Vaccine operations Central Provinces 1868-1885 - 1868-1885
Year: 1868
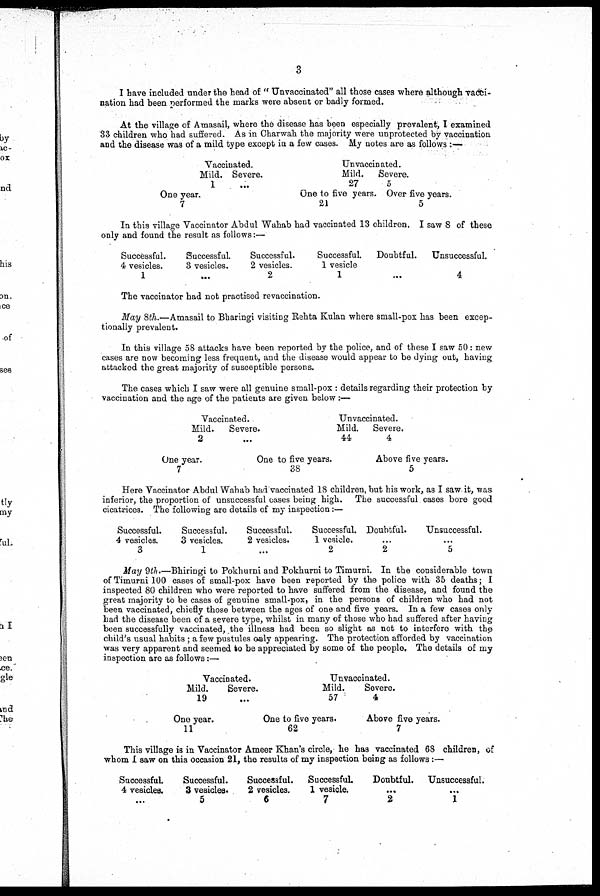
3
I have included under the head of " Unvaccinated" all those cases where although vacci-
nation had been performed the marks were absent or badly formed.
At the village of Amasail, where the disease has been especially prevalent, I examined
33 children who had suffered. As in Charwah the majority were unprotected by vaccination
and the disease was of a mild type except in a few cases.My notes are as follows:—
Vaccinated.
Mild.
1
Severe.
...
One year.
7
Unvaccinated.
Mild.
27
One to five years
21
Severe.
5
Over five years.
5
In this village Vaccinator Abdul Wahab had vaccinated 13 children. I saw 8 of these
only and found the result as follows:—
Successful.
4 vesicles.
1
Successful.
3 vesicles.
...
Successful.
2 vesicles.
2
Successful.
1 vesicle
1
Doubtful.
»*.
Unsuccessful.
4
The vaccinator had not practised re-vaccination.
May 8th.—Amasail to Bharingi visiting Rehta Kulan where small-pox has been excep-
tionally prevalent.
In this village 58 attacks have been reported by the police, and of these I saw 50: new
cases are now becoming less frequent, and the disease would appear to be dying out, having
attacked the great majority of susceptible persons.
The cases which I saw were all genuine small-pox : details regarding their protection by
vaccination and the age of the patients are given below :—
Vaccinated.
Mild.
2
One year.
7
Severe.
...
Unvaccinated.
Mild.
44
One to five years.
38
Severe.
4
Above five years.
5
Here Vaccinator Abdul Wahab had vaccinated 18 children, but his work, as I saw it, was
inferior, the proportion of unsuccessful cases being high. The successful cases bore good
cicatrices.The following are details of my inspection:—
Successful.
4 vesicles.
3
Successful.
3 vesicles.
1
Successful.
2 vesicles.
. ..
Successful.
1 vesicle.
2
Doubtful.
...
2
Unsuccessful.
...
5
May 9th.—Bhiringi to Pokhurni and Pokhurni to Timurni. In the considerable town
of Timurni 100 cases of small-pox have been reported by the police with 35 deaths; £
inspected 80 children who were reported to have suffered from the disease, and found the
great majority to be cases of genuine small-pox, in the persons of children who had not
been vaccinated, chiefly those between the ages of one and five years. In a few cases only
had the disease been of a severe type, whilst in many of those who had suffered after having
been successfully vaccinated, the illness had been so slight as not to interfere with the
child's usual habits ; a few pustules caly appearing. The protection afforded by vaccination
was very apparent and seemed to be appreciated by some of the people. The details of my
inspection are as follows:—
Vaccinated.
Mild.
Severe.
19
One year.
11
...
Unvaccinated.
Mild.
57
One to five years.
62
Severe.
4
Above five years.
7
This village is in Vaccinator Ameer Khan's circle, he has vaccinated 68 children, of
whom I saw on this occasion 21, the results of my inspection being as follows:—
Successful.
4 vesicles.
...
Successful.
3 vesicles.
5
Successful.
2 vesicles.
6
Successful.
1 vesicle.
7
Doubtful.
...
2
Unsuccessful.
. ..
1